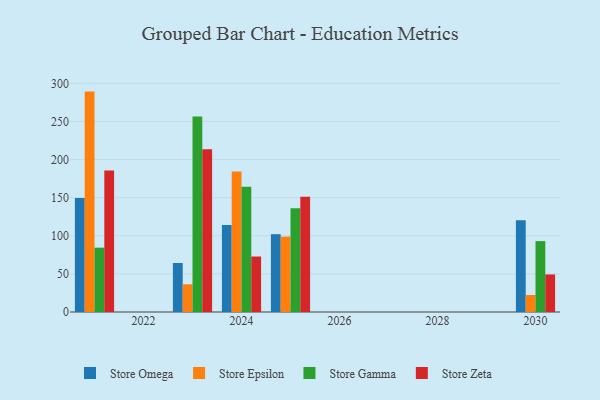
{"axis": {"x": "Year", "y": "Website Visitors"}, "legend": ["Store Epsilon", "Store Gamma", "Store Omega", "Store Zeta"], "data": [{"x": "2025", "y": 102.1, "type": "Store Omega"}, {"x": "2025", "y": 98.9, "type": "Store Epsilon"}, {"x": "2025", "y": 136.0, "type": "Store Gamma"}, {"x": "2025", "y": 151.3, "type": "Store Zeta"}, {"x": "2021", "y": 149.7, "type": "Store Omega"}, {"x": "2021", "y": 289.2, "type": "Store Epsilon"}, {"x": "2021", "y": 84.4, "type": "Store Gamma"}, {"x": "2021", "y": 185.7, "type": "Store Zeta"}, {"x": "2023", "y": 64.3, "type": "Store Omega"}, {"x": "2023", "y": 36.3, "type": "Store Epsilon"}, {"x": "2023", "y": 256.6, "type": "Store Gamma"}, {"x": "2023", "y": 213.4, "type": "Store Zeta"}, {"x": "2030", "y": 120.4, "type": "Store Omega"}, {"x": "2030", "y": 22.3, "type": "Store Epsilon"}, {"x": "2030", "y": 93.0, "type": "Store Gamma"}, {"x": "2030", "y": 49.3, "type": "Store Zeta"}, {"x": "2024", "y": 114.0, "type": "Store Omega"}, {"x": "2024", "y": 184.4, "type": "Store Epsilon"}, {"x": "2024", "y": 164.5, "type": "Store Gamma"}, {"x": "2024", "y": 72.8, "type": "Store Zeta"}]}